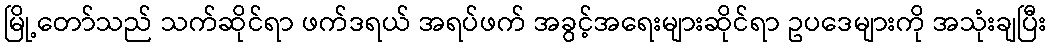
မြို့တော်သည် သက်ဆိုင်ရာ ဖက်ဒရယ် အရပ်ဖက် အခွင့်အရေးများဆိုင်ရာ ဥပဒေများကို အသုံးချပြီး